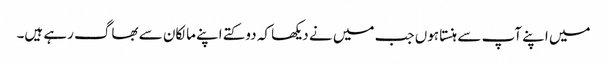
میں اپنے آپ سے ہنستا ہوں جب میں نے دیکھا کہ دو کتے اپنے مالکان سے بھاگ رہے ہیں۔